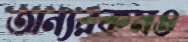
অন্যরকমও